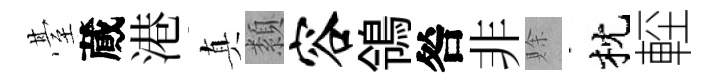
䑓蕆港真纇容鴒咎非賖枕䡖